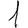
Digit: 1